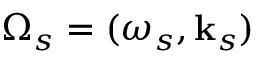
\Omega _ { s } = ( \omega _ { s } , \mathbf { k } _ { s } )